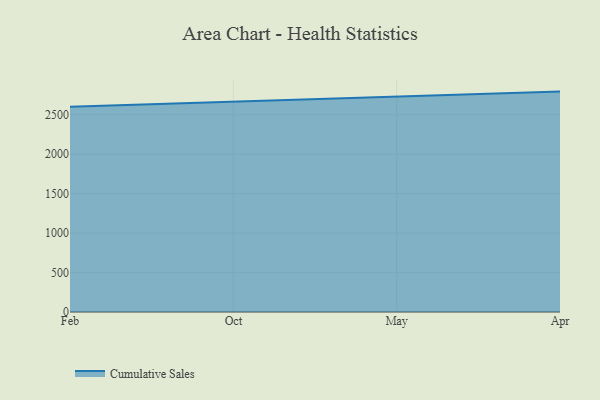
{"axis": {"x": "Month", "y": "Demand Index"}, "legend": ["Cumulative Sales"], "data": [{"x": "Feb", "y": 2599.8, "type": "Cumulative Sales"}, {"x": "Oct", "y": 2662.0, "type": "Cumulative Sales"}, {"x": "May", "y": 2732.5, "type": "Cumulative Sales"}, {"x": "Apr", "y": 2793.0, "type": "Cumulative Sales"}]}